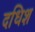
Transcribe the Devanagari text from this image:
दधिश